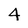
Character: 4